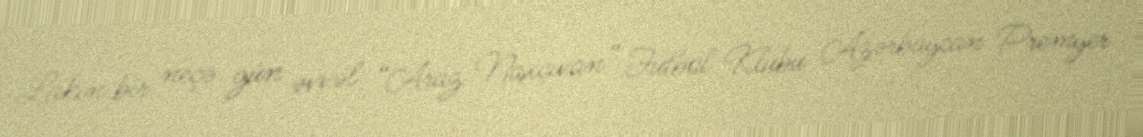
Lakin bir neçə gün əvvəl “Araz Naxçıvan” Futbol Klubu Azərbaycan Premyer